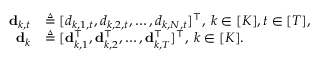
\begin{array} { r l } { \mathbf { d } _ { k , t } } & { \triangleq [ d _ { k , 1 , t } , d _ { k , 2 , t } , \hdots , d _ { k , N , t } ] ^ { \intercal } , \: k \in [ K ] , t \in [ T ] , } \\ { \mathbf { d } _ { k } } & { \triangleq [ \mathbf { d } _ { k , 1 } ^ { \intercal } , \mathbf { d } _ { k , 2 } ^ { \intercal } , \hdots , \mathbf { d } _ { k , T } ^ { \intercal } ] ^ { \intercal } , \: k \in [ K ] . } \end{array}